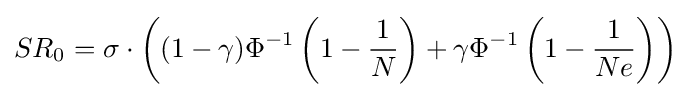
SR_{0}=\sigma \cdot \left((1-\gamma )\Phi ^{-1}\left(1-{\frac {1}{N}}\right)+\gamma \Phi ^{-1}\left(1-{\frac {1}{Ne}}\right)\right)